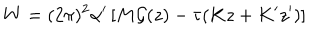
LaTeX: W = ( 2 \pi ) ^ { 2 } \alpha ^ { \prime } \left[ M { \cal G } ( z ) - \tau ( K z + K ^ { \prime } z ^ { \prime } ) \right]